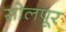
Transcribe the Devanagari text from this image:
सोलपूर